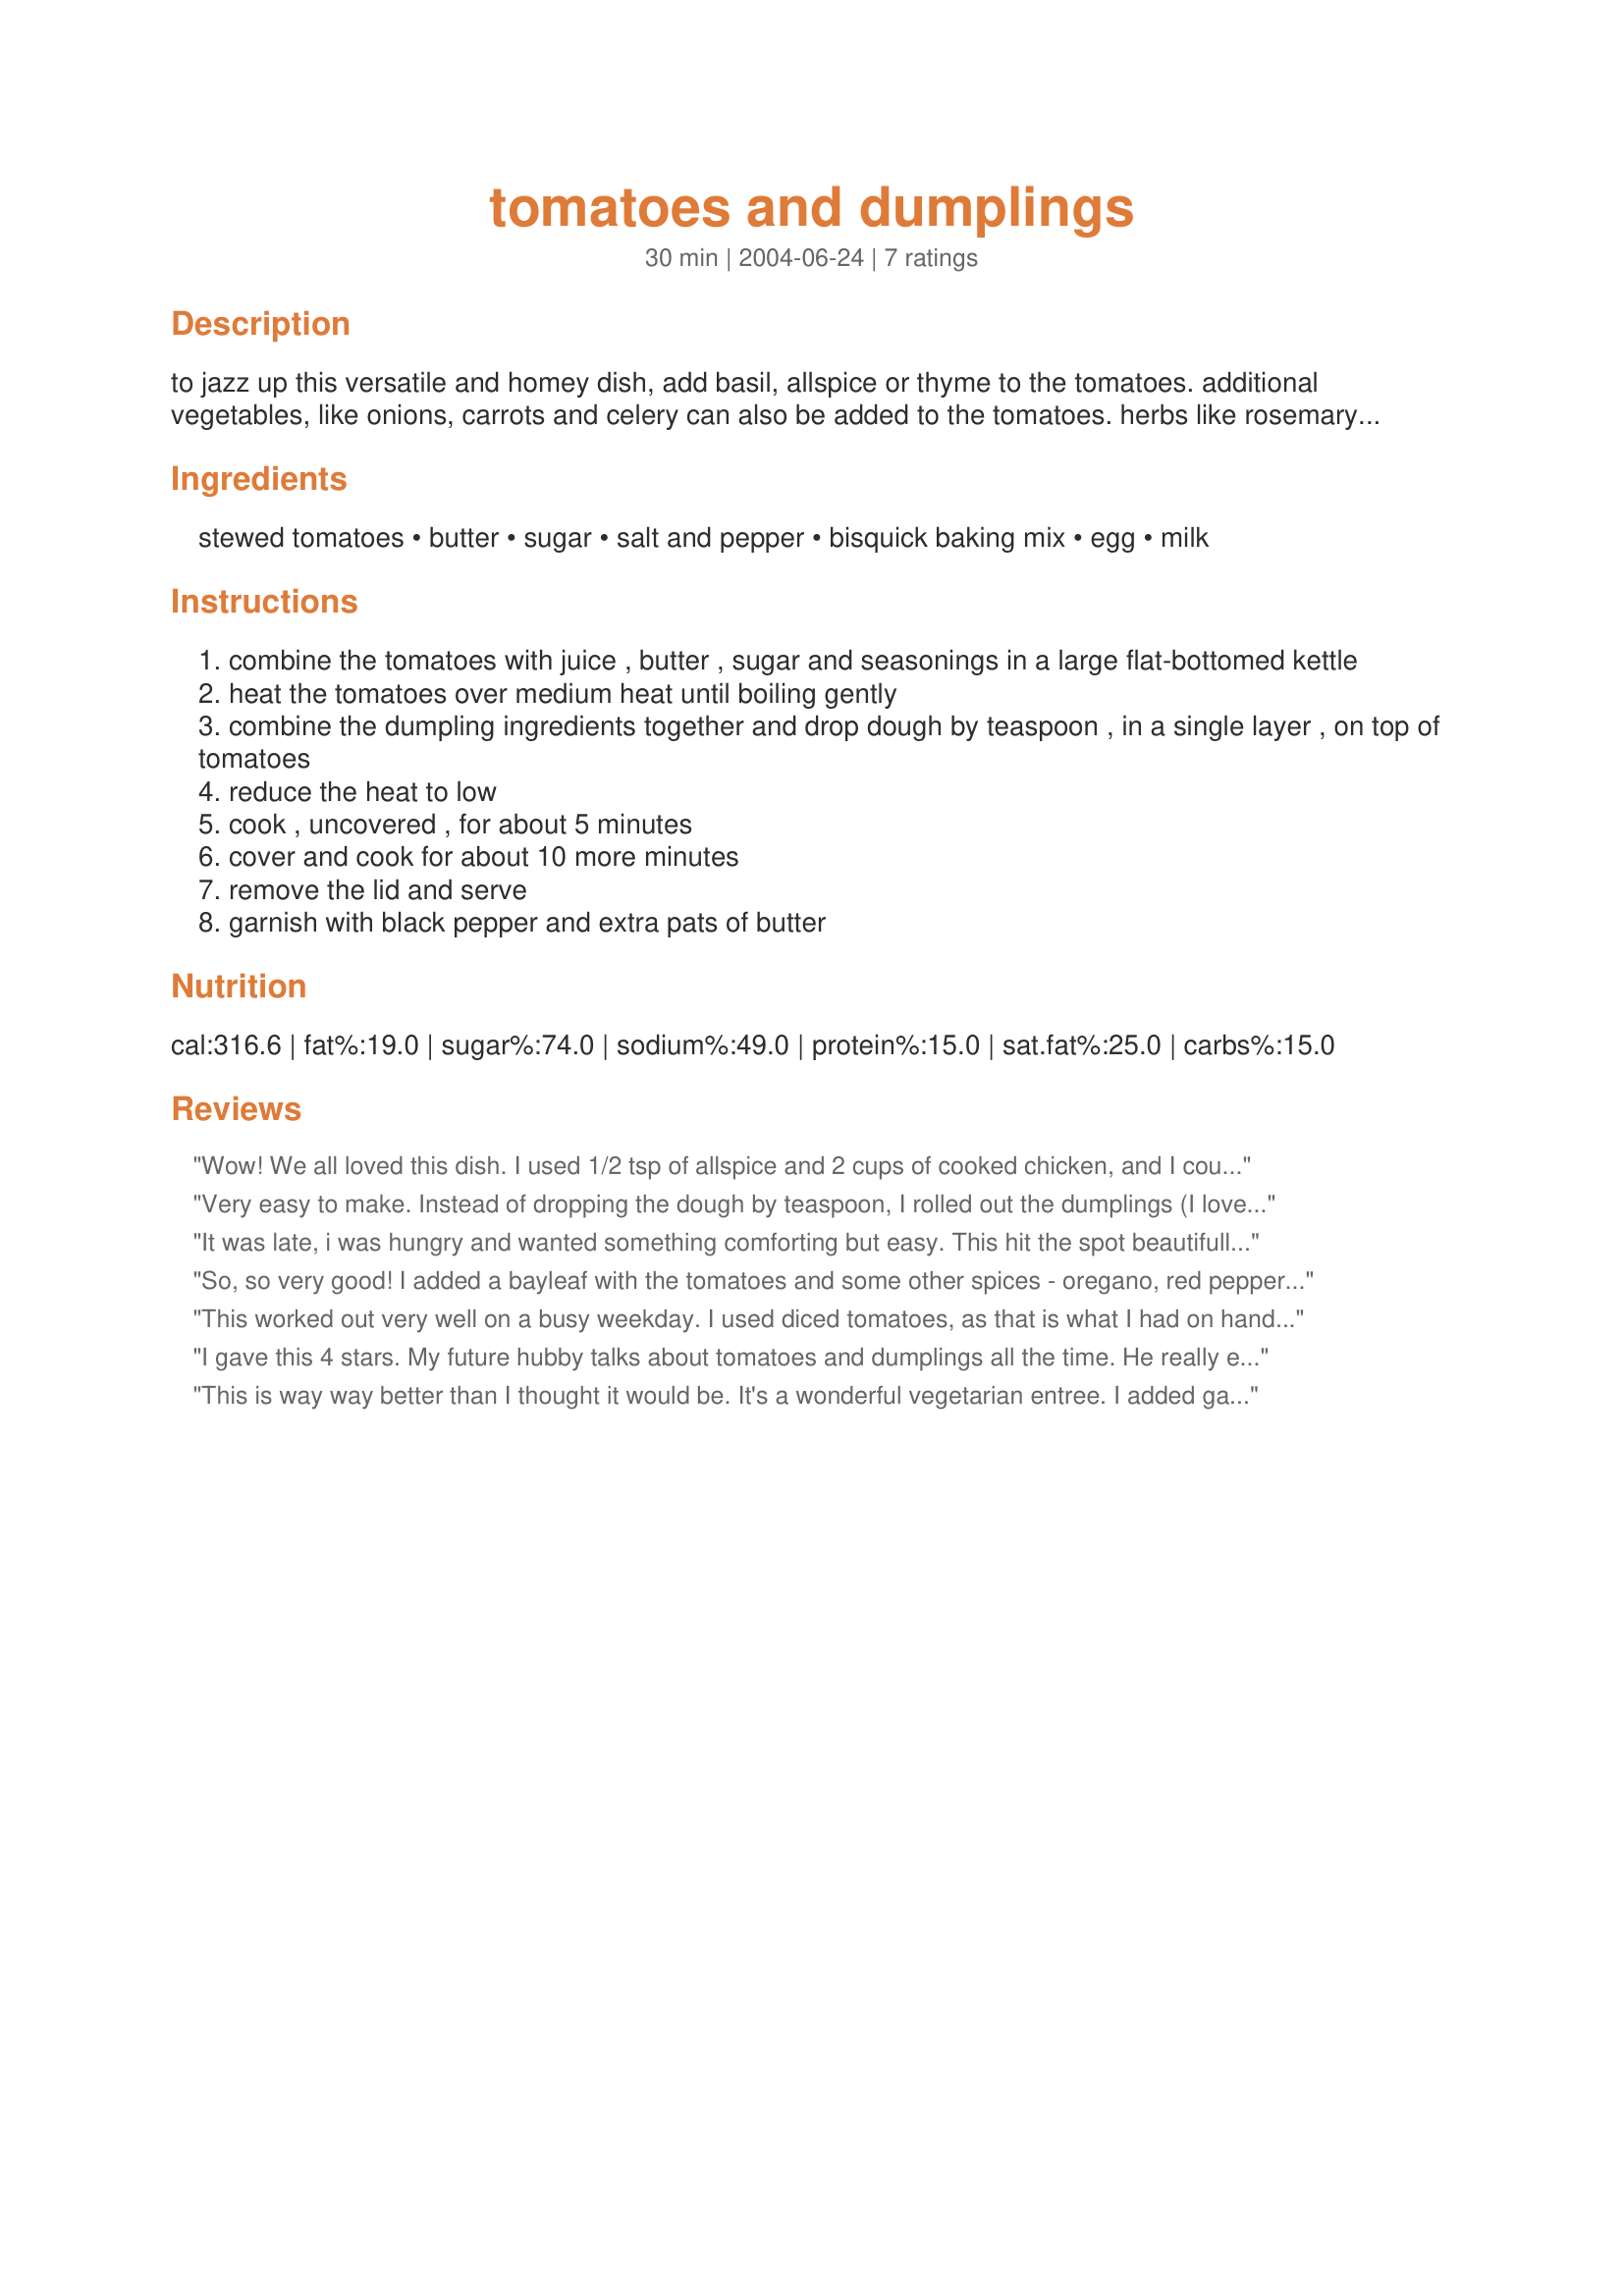
tomatoes and dumplings
Preparation time: 30 minutes

to jazz up this versatile and homey dish, add basil, allspice or thyme to the tomatoes. additional vegetables, like onions, carrots and celery can also be added to the tomatoes. herbs like rosemary or tarragon could be mixed into the dumpling batter or add a splash of cream or balsamic vinegar once the dumplings are done.

Ingredients:
stewed tomatoes, butter, sugar, salt and pepper, bisquick baking mix, egg, milk

Steps:
combine the tomatoes with juice , butter , sugar and seasonings in a large flat-bottomed kettle
heat the tomatoes over medium heat until boiling gently
combine the dumpling ingredients together and drop dough by teaspoon , in a single layer , on top of tomatoes
reduce the heat to low
cook , uncovered , for about 5 minutes
cover and cook for about 10 more minutes
remove the lid and serve
garnish with black pepper and extra pats of butter

Reviews:
Wow! We all loved this dish. I used 1/2 tsp of allspice and 2 cups of cooked chicken, and I could have added more of each. It's simple and delicious. I followed the directions exactly and it came out beautifully.
Very easy to make. Instead of dropping the dough by teaspoon, I rolled out the dumplings (I love the flat chewy dumplings). I also used brown sugar and skipped the egg. My nieces love this recipe. My grandmother made these for me when I was pregnant with my daughter. They remind me of hers. Very definitely a comfort food.
It was late, i was hungry and wanted something comforting but easy. This hit the spot beautifully. They only change I made was to add some fresh basil. Next time i will get fancier but tonight i just wanted pure ease and comfort and yumminess. It fit all 3.
So, so very good! I added a bayleaf with the tomatoes and some other spices - oregano, red pepper and garlic powder - otherwise followed the directions to the "t" and it was fabulous! PS: - added shredded chicken breast to the sauce the second time around cuz the DH is soooo NOT a vegetarian - scrumptious! We fried the breast first - then added to the sauce.
This worked out very well on a busy weekday. I used diced tomatoes, as that is what I had on hand and served a side salad along with it. :)
I gave this 4 stars. My future hubby talks about tomatoes and dumplings all the time. He really enjoyed tomatoes and dumpkings. He said when he was a kid his mom used to make them for him. Thanks for posting. Christine (internetnut)
This is way way better than I thought it would be. It's a wonderful vegetarian entree. I added garlic powder and basil to the tomatoes and I used canned diced tomatoes. I used Jiffy baking mix and omitted the egg from the dumplings. It was scrumptious! The uncovered-then-covered method for cooking the dumplings worked beautifully and resulted in wonderful fluffy dumplings...not a sinker in the bunch. Don't skip the garnish of more butter and a bit of black pepper - it really makes the dish taste great. I will definately make this one again.
